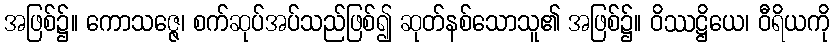
အဖြစ်၌။ ကောသဇ္ဇေ၊ စက်ဆုပ်အပ်သည်ဖြစ်၍ ဆုတ်နစ်သောသူ၏ အဖြစ်၌။ ဝိဿဋ္ဌိယေ၊ ဝီရိယကို